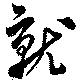
就